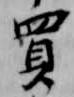
買